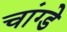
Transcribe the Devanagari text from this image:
चांग्डे